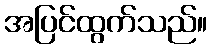
အပြင်ထွက်သည်။